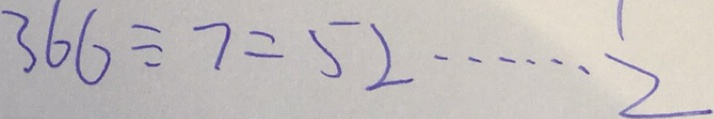
3 6 6 \div 7 = 5 2 \cdots 2